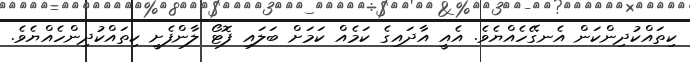
ކިތައްކުދިންކަން އެނގޭހެއްޔެވެ. އެއީ އާދައިގެ ކަމެއް ކަމަށް ބަލައި ފޮޓޯ ލާންފެށީ ކިތައްކުދިންހެއްޔެވެ.